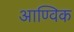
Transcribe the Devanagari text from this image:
आण्‍विक